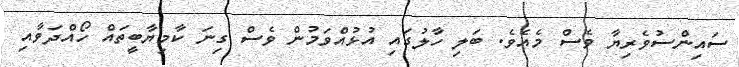
ސައިންސުވެރިޔާ ވެސް މެއެވެ. ބަލި ހާލުގައި އުޅުއްވަމުން ވެސް ގިނަ ކާމިޔާބީތައް ހޯއްދަވާއި